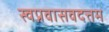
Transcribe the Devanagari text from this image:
स्वप्नवासवदत्तम